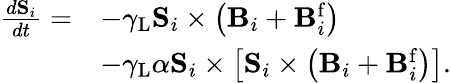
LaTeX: \begin{array}{rl}{\frac{d\mathbf{S}_{i}}{dt}=}&{-\gamma_{\mathrm{L}}\mathbf{S}_{i}\times\left(\mathbf{B}_{i}+\mathbf{B}_{i}^{\mathrm{f}}\right)}\\ &{-\gamma_{\mathrm{L}}\alpha\mathbf{S}_{i}\times\left[\mathbf{S}_{i}\times\left(\mathbf{B}_{i}+\mathbf{B}_{i}^{\mathrm{f}}\right)\right].}\end{array}